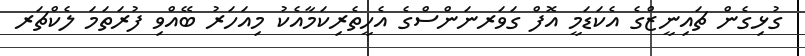
ގުޅިގެން ޗައިނީޒްގެ އެކަޑަމީ އޮފް ގަވަރނަންސްގެ އެހީތެރިކަމާއެކު މިއަހަރު ބޭއްވި ފުރަތަމަ ލެކްޗަރ